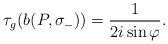
LaTeX: \begin{align*}\tau_g(b(P, \sigma_-)) = \frac{1}{2 i \sin \varphi}.\end{align*}